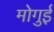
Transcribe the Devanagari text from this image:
मोगुई